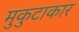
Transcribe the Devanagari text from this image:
मुकुटाकार